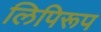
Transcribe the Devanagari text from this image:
लिपिरूप